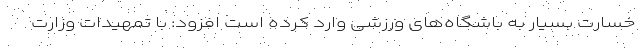
خسارت بسیار به باشگاه‌های ورزشی وارد کرده است افزود: با تمهیدات وزارت